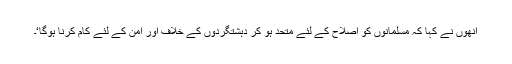
انھوں نے کہا کہ مسلمانوں کو اصلاح کے لئے متحد ہو کر دہشتگردوں کے خلاف اور امن کے لئے کام کرنا ہوگا‘۔